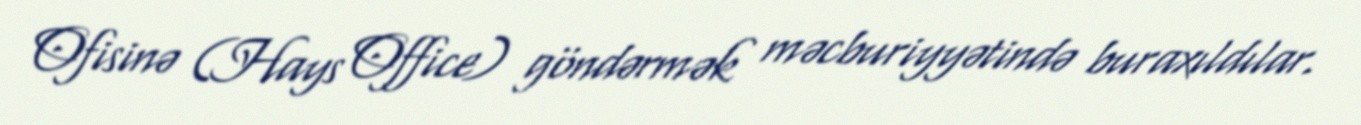
Ofisinə (Hays Office) göndərmək məcburiyyətində buraxıldılar.